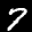
Label: 7